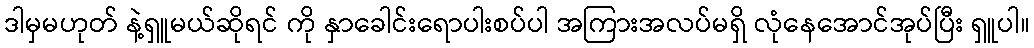
ဒါမှမဟုတ် နဲ့ရှူမယ်ဆိုရင် ကို နှာခေါင်းရောပါးစပ်ပါ အကြားအလပ်မရှိ လုံနေအောင်အုပ်ပြီး ရှူပါ။